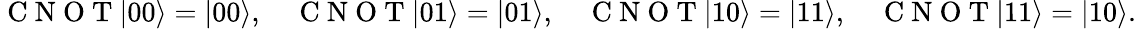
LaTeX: \mathrm{~C~N~O~T~}|00\rangle=|00\rangle,\quad\mathrm{~C~N~O~T~}|01\rangle=|01\rangle,\quad\mathrm{~C~N~O~T~}|10\rangle=|11\rangle,\quad\mathrm{~C~N~O~T~}|11\rangle=|10\rangle.